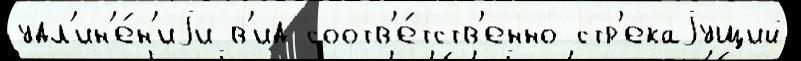
удл'ин'е́н'иjи в'ид соотв'е́тств'енно стр'екаjущий